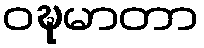
ဝဍ္ဎမာတာ